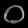
Digit: ၀